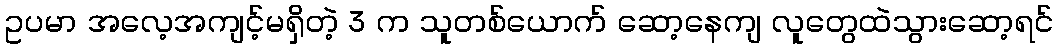
ဥပမာ အလေ့အကျင့်မရှိတဲ့ 3 က သူတစ်ယောက် ဆော့နေကျ လူတွေထဲသွားဆော့ရင်